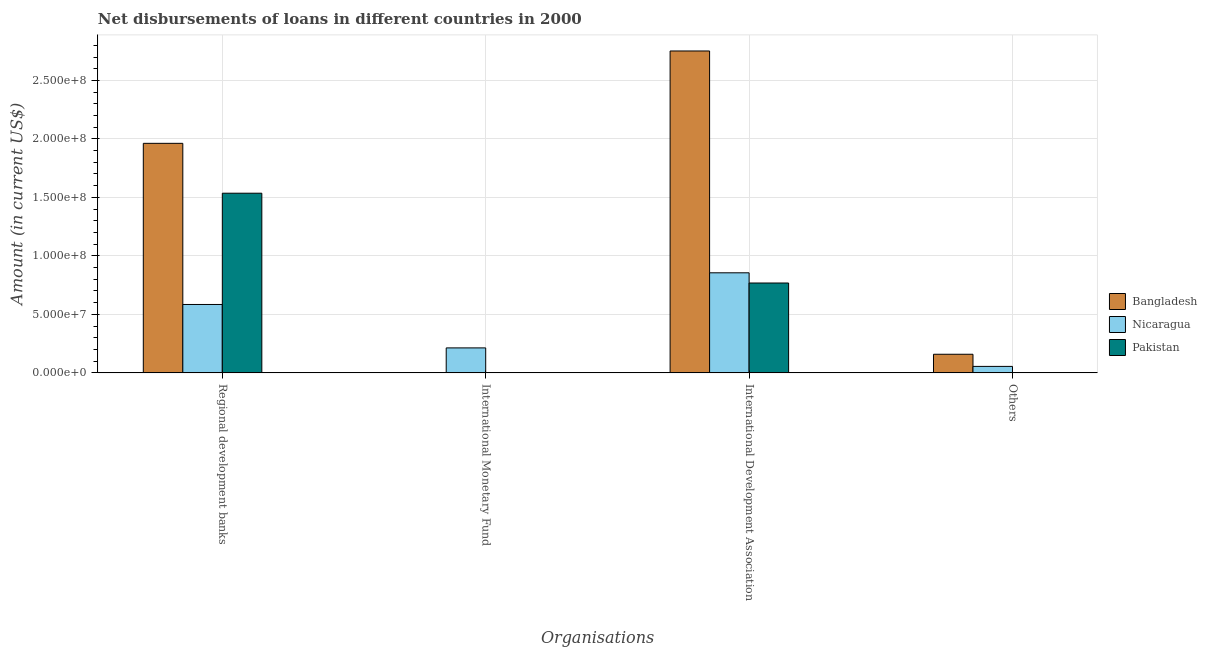
| Organisations | Bangladesh | Nicaragua | Pakistan |
 | --- | --- | --- | --- |
 | Regional development banks | 1.96e+08 | 5.85e+07 | 1.54e+08 |
 | International Monetary Fund | -8.71e+07 | 2.13e+07 | -7.42e+07 |
 | International Development Association | 2.75e+08 | 8.55e+07 | 7.68e+07 |
 | Others | 1.59e+07 | 5.53e+06 | -6.8e+07 |